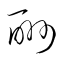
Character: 酬